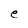
Character: e